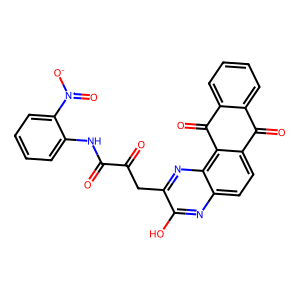
SMILES: O=C(Cc1nc2c3c(ccc2nc1O)C(=O)c1ccccc1C3=O)C(=O)Nc1ccccc1[N+](=O)[O-]
Inhibits HIV replication: No